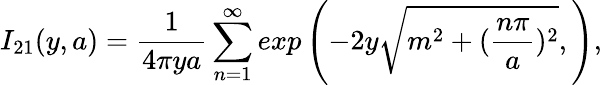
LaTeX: I_{21}(y,a)=\frac{1}{4\pi ya}\sum_{n=1}^{\infty}exp\left(-2y\sqrt{m^{2}+(\frac{n\pi}{a})^{2}},\right),